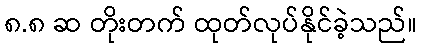
၈.၈ ဆ တိုးတက် ထုတ်လုပ်နိုင်ခဲ့သည်။